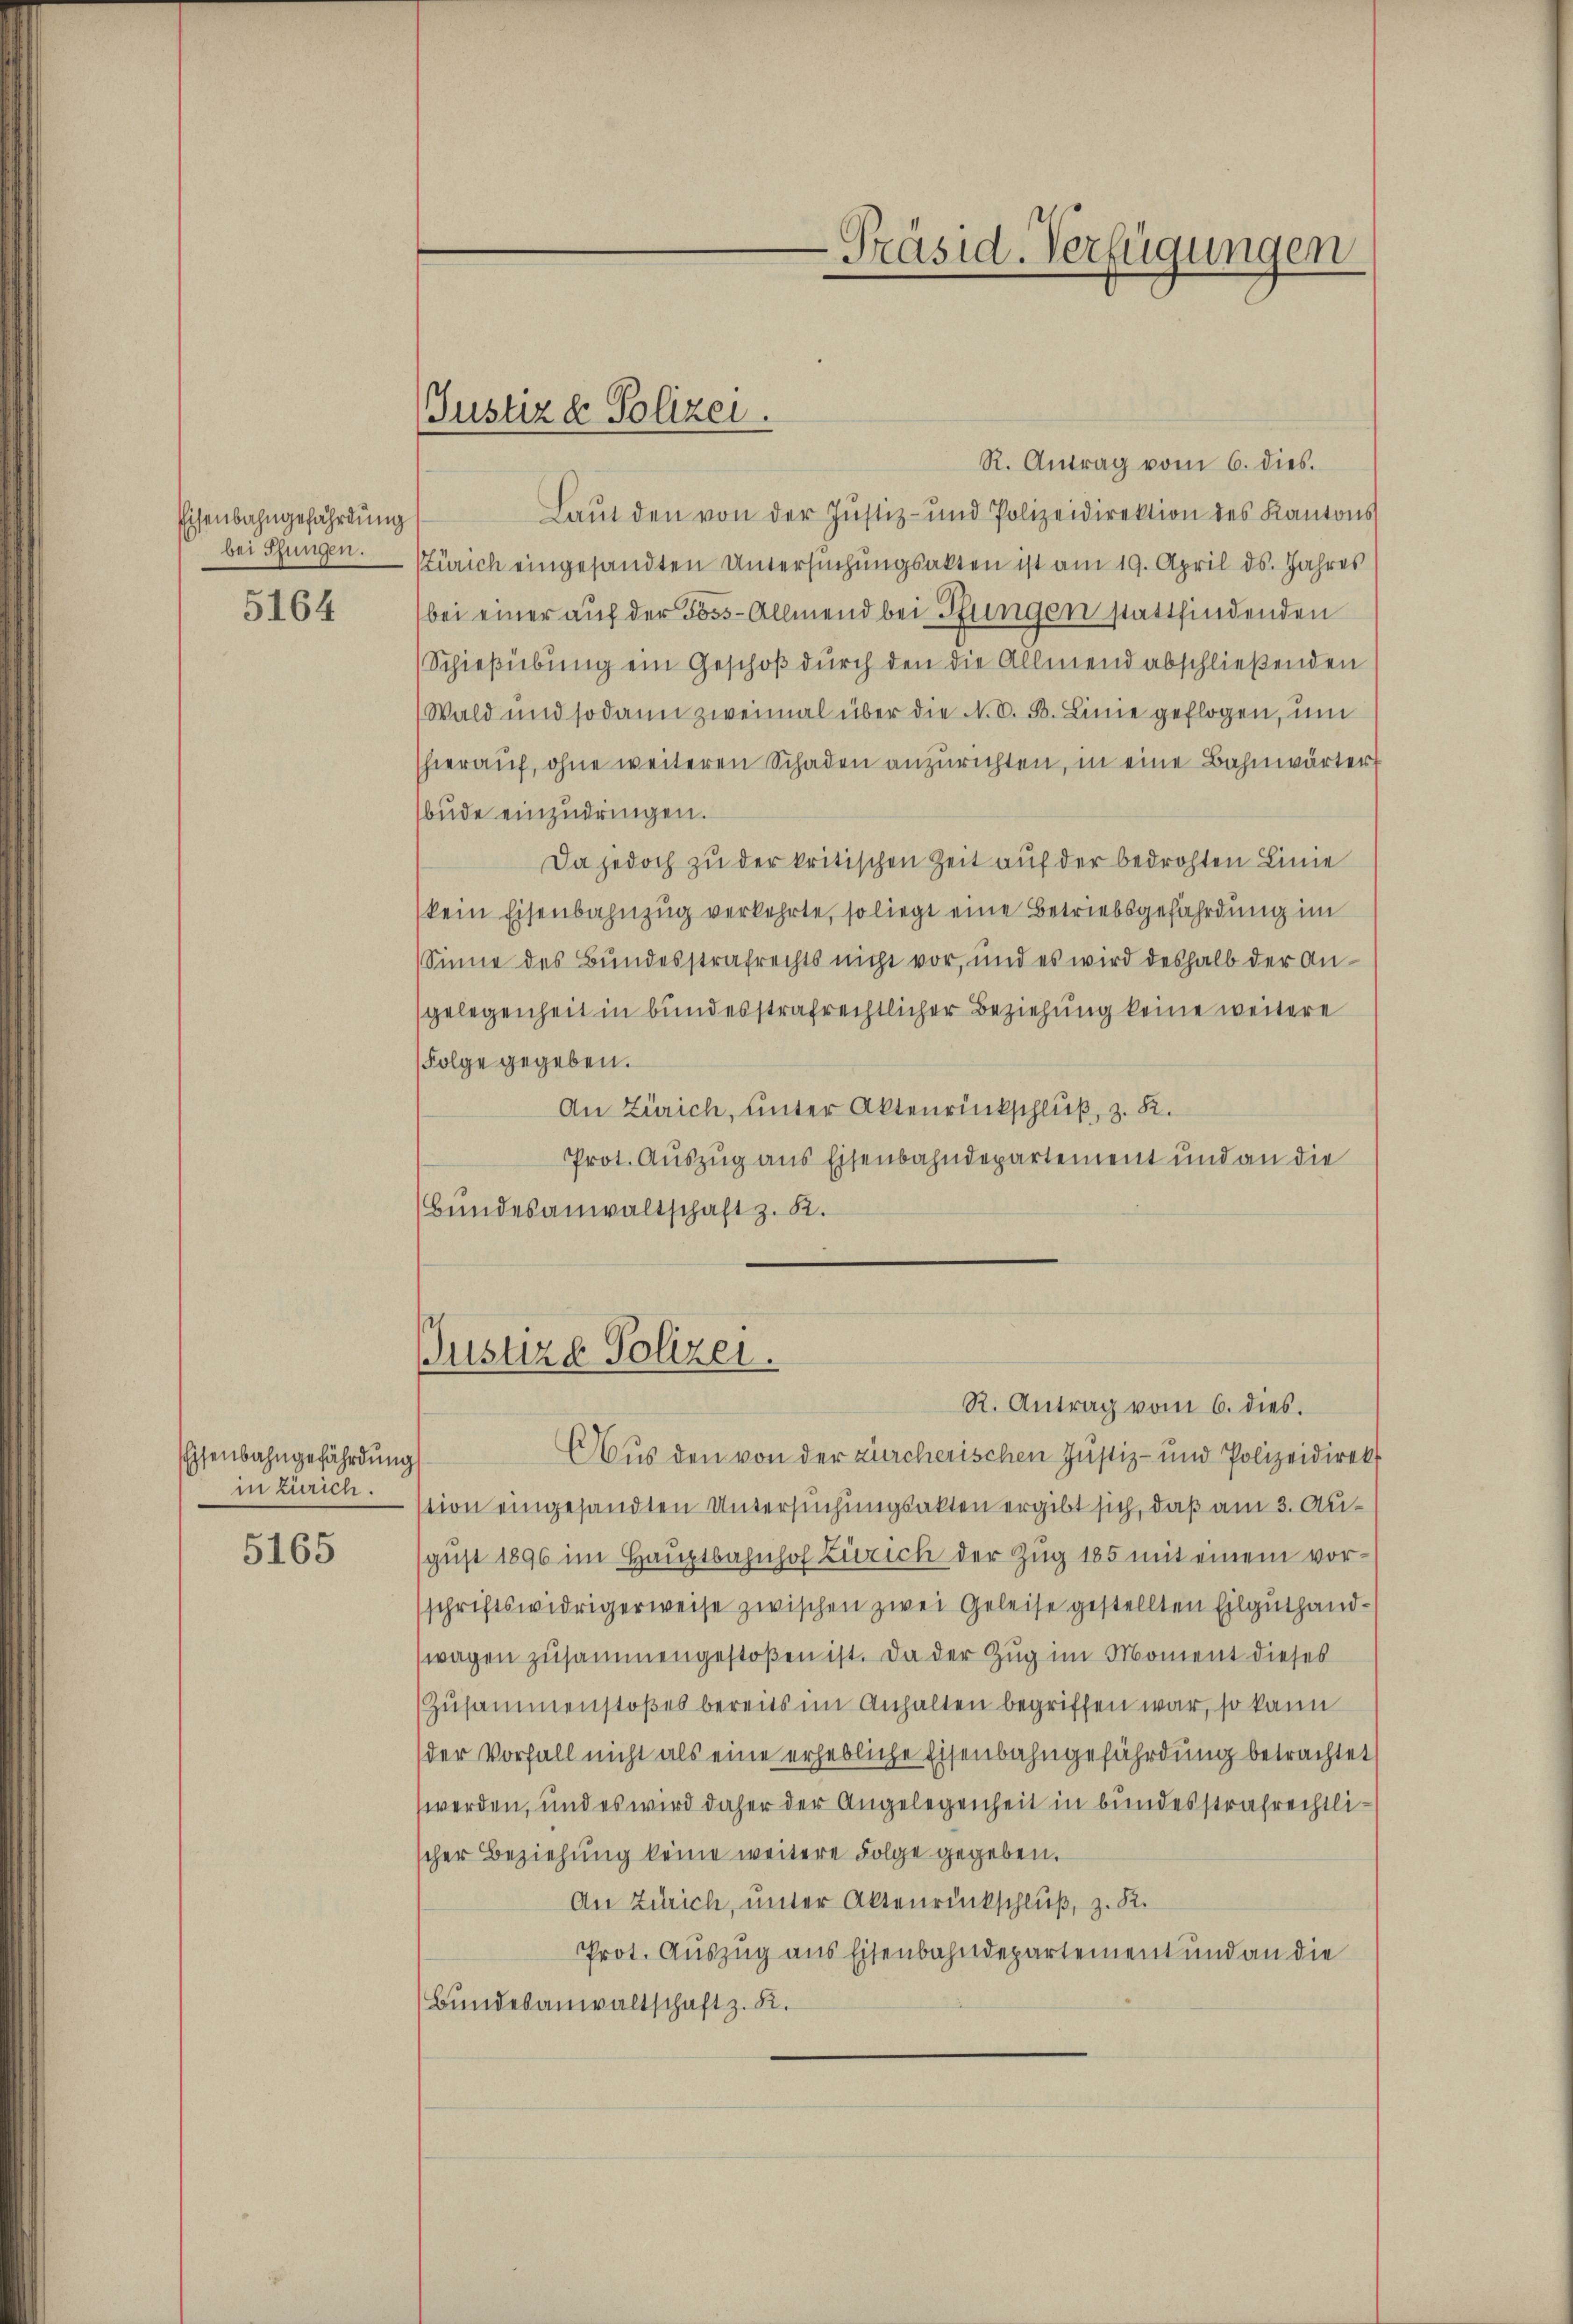
Eisenbahngefährdung
bei Pfungen.

5164

Eisenbahngefährdung
in Zürich.

5165

Justiz & Polizei.

R. Antrag vom 6. dies.
Laut den von der Justiz- und Polizeidirektion des Kantons
Zürich eingesandten Untersuchungsakten ist am 19. April ds. Jahres
bei einer auf der Poss-Allmend bei Pfungen stattfindenden
Schießübung ein Geschoß durch den die Allmend abschließenden
Wald und sodann zweimal über die N. V. B. Linie geflogen, um
hierauf, ohne weiteren Schaden anzurichten, in eine Bahnwärter
bude einzudringen.
Da jedoch zu der kritischen Zeit auf der bedrohten Linie
kein Eisenbahnzug verkehrte, so liegt eine Betriebsgefährdung im
Sinne des Bundesstrafrechts nicht vor, und es wird deshalb der Angelegenheit in bundesstrafrechtlicher Beziehung keine weitere
Folge gegeben.
An Zürich, unter Aktenrückschluß, z. K.
Prot. Auszug aus Eisenbahndepartement und an die
(Bundesanwaltschaft z. B.

Aus den von der zürcherischen Justiz- und Polizeidirekt
stion eingesandten Untersuchungsakten ergibt sich, daß am 3. August 1896 im Hauptbahnhof Zürich der Zug 185 mit einem vorschriftswidrigerweise zwischen zwei Geleise gestellten Eilguthandwagen zusammengestoßen ist. Da der Zug im Moment dieses
Zusammenstoßes bereits im Anhalten begriffen war, so kann
der Vorfall nicht als eine erhebliche Eisenbahngefährdung betrachtet
werden, und es wird daher der Angelegenheit in bundesstrafrechtlischer Beziehung keine weitere Folge gegeben.
An Zürich, unter Aktenrückschluß, z. R.
Prot. Auszug aus Eisenbahndepartement und an die
Bundesanwaltschaft z. K.

.
-Präsid. Verfügungen

Justizd Polizei.
R. Antrag vom 6. dies.